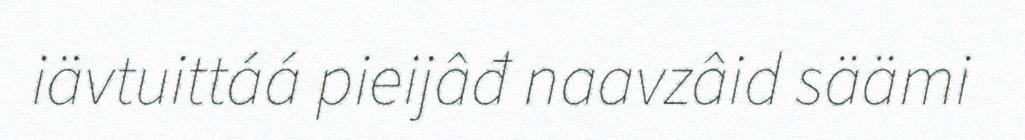
iävtuittáá pieijâđ naavzâid säämi